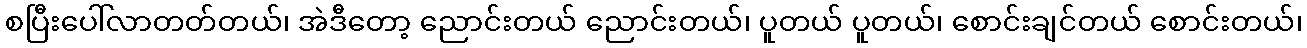
စပြီးပေါ်လာတတ်တယ်၊ အဲဒီတော့ ညောင်းတယ် ညောင်းတယ်၊ ပူတယ် ပူတယ်၊ စောင်းချင်တယ် စောင်းတယ်၊